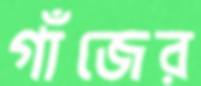
গাঁজের